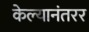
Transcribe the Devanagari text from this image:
केल्यानंतरर